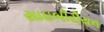
સાઇબીરીયન